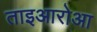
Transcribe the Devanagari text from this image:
ताइआरोआ